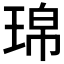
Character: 𤦝